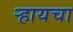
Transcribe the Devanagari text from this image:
र्‍हायचा